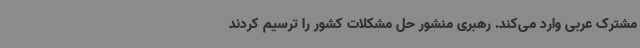
مشترک عربی وارد می‌کند. رهبری منشور حل مشکلات کشور را ترسیم کردند